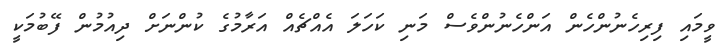
ވީމައި ފިރިހެނުންހެން އަންހެނުންވެސް މަނި ކަހަލަ އެއްޗެއް އަރާމުގެ ކުންނަށް ދިއުމުން ފޭބުމަކީ